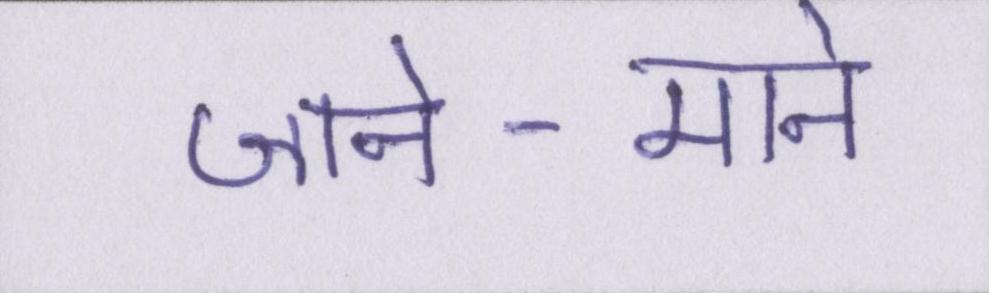
जाने-माने